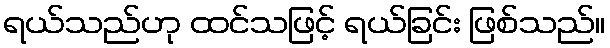
ရယ်သည်ဟု ထင်သဖြင့် ရယ်ခြင်း ဖြစ်သည်။